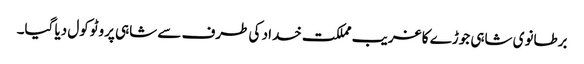
برطانوی شاہی جوڑے کا غریب مملکت خداد کی طرف سے شاہی پروٹوکول دیا گیا۔